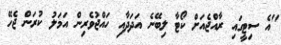
"އެ ސިޓީގައި ރާއްޖެއަށް ކޯޓާ ލިބޭނެ އަދަދާއި ހައްޖުވެރިން އަމަލު ކުރަން ޖެހޭ